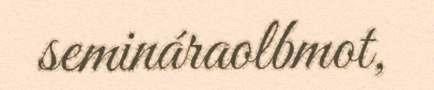
semináraolbmot,